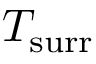
T _ { \mathrm { s u r r } }